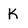
Character: k